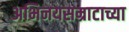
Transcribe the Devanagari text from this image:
अभिनयसम्राटाच्या